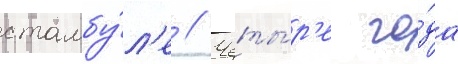
стамбу́л'е // Четы́р'е го́да